Vaccination report Assam 1874-1896 - 1874-1896
Year: 1874
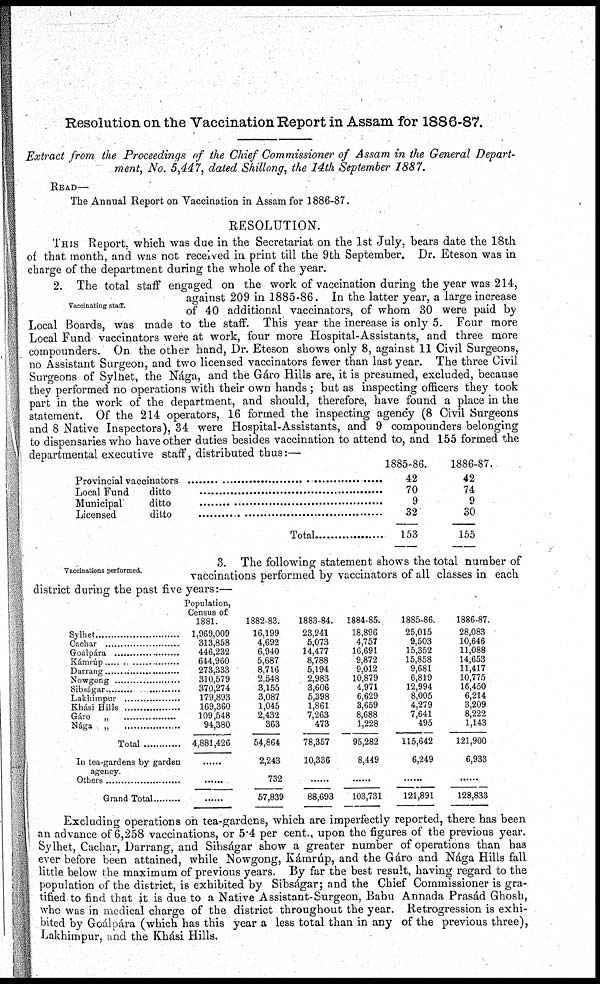
Resolution on the Vaccination Report in Assam for 1886-87.
Extract from the Proceedings of the Chief Commissioner of Assam in the General Depart-
ment, No. 5,447, dated Shillong, the 14th September 1887.
READ—
The Annual Report on Vaccination in Assam for 1886-87.
RESOLUTION.
THIS Report, which was due in the Secretariat on the 1st July, bears date the 18th
of that month, and was not received in print till the 9th September. Dr. Eteson was in
charge of the department during the whole of the year.
Vaccinating staff.
2. The total staff engaged on the work of vaccination during the year was 214,
against 209 in 1885-86. In the latter year, a large increase
of 40 additional vaccinators, of whom 30 were paid by
Local Boards, was made to the staff. This year the increase is only 5. Four more
Local Fund vaccinators were at work, four more Hospital-Assistants, and three more
compounders. On the other hand, Dr. Eteson shows only 8, against 11 Civil Surgeons,
no Assistant Surgeon, and two licensed vaccinators fewer than last year. The three Civil
Surgeons of Sylhet, the Nága, and the Gáro Hills are, it is presumed, excluded, because
they performed no operations with their own hands; but as inspecting officers they took
part in the work of the department, and should, therefore, have found a place in the
statement. Of the 214 operators, 16 formed the inspecting agency (8 Civil Surgeons
and 8 Native Inspectors), 34 were Hospital-Assistants, and 9 compounders belonging
to dispensaries who have other duties besides vaccination to attend to, and 155 formed the
departmental executive staff, distributed thus:—
Provincial vaccinators ............................
Local Fund ditto ..........................
Municipal ditto ................................
Licensed ditto .................................
Total ..............................
1885-86.
42
70
9
32
153
1886-87.
42
74
9
30
155
Vaccinations performed.
3. The following statement shows the total number of
vaccinations performed by vaccinators of all classes in each
district during the past five years:—
Sylhet ........................
Cachar .......................
Goalpára .....................
Kámrúp
Darrang .......................
Nowgong ......................
Sibságar .......................
Lakhimpur ................
Khási Hills ...................
Gáro „ .....................
Nága „
.....................
Total ..................
In tea-gardens by garden
agency.
Others ........................
Grand Total .............
Population,
Census of
1881.
1,969,009
313,858
446,232
644,960
273,333
310,579
370,274
179,893
169,360
109,548
94,380
4,881,426
......
......
......
1882-83.
16,199
4,692
6,940
5,687
8,716
2,548
3,155
3,087
1,045
2,432
363
54,864
2,243
732
57,839
1883-84.
23,241
5,073
14,477
8,788
5,194
2,983
3,606
5,398
1,861
7,263
473
78,357
10,336
......
88,693
1884-85.
18,896
4,757
16,691
9,872
9,012
10,879
4,971
6,629
3,659
8,688
1,228
95,282
8,449
......
103,731
1885-86.
25,015
9,503
15,352
15,858
9,681
6,819
12,994
8,005
4,279
7,641
495
115,642
6,249
......
121,891
1886-87.
28,083
10,646
11,088
14,653
11,417
10,775
16,450
6,214
3,209
8,222
1,143
121,900
6,933
......
128,833
Excluding operations on tea-gardens, which are imperfectly reported, there has been
an advance of 6,258 vaccinations, or 5.4 per cent., upon the figures of the previous year.
Sylhet, Cachar, Darrang, and Sibságar show a greater number of operations than has
ever before been attained, while Nowgong, Kámrúp, and the Gáro and Nága Hills fall
little below the maximum of previous years. By far the best result, having regard to the
population of the district, is exhibited by Sibságar; and the Chief Commissioner is gra-
tified to find that it is due to a Native Assistant-Surgeon, Babu Annada Prasád Ghosh,
who was in medical charge of the district throughout the year. Retrogression is exhi-
bited by Goálpára (which has this year a less total than in any of the previous three),
Lakhimpur, and the Khási Hills.